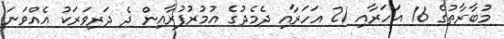
މުބާރާތުގެ 16 އަހަރާއި 21 އަހަރާއި ދެމެދުގެ އުމުރުފުރާއިން ދެ ދަރިވަރަކު އެއްވަނަ